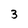
Character: 3